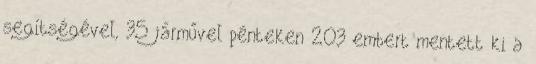
segítségével, 35 járművel pénteken 203 embert mentett ki a